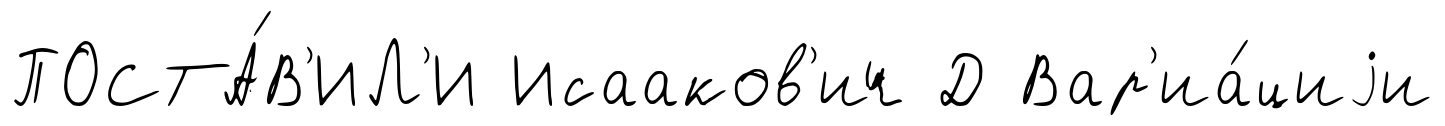
ПОСТА́В'ИЛ'И Исааков'ич Д Вар'иа́циjи